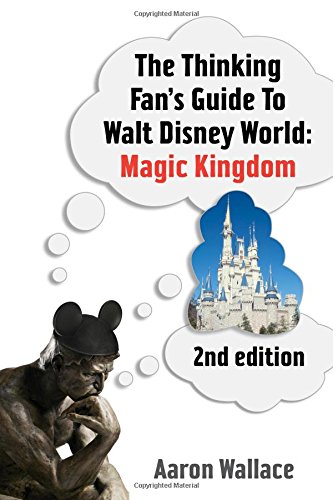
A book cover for The Thinking Fan's Guide To Walt Disney World: Magic Kingdom; Aaron Wallace; Travel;